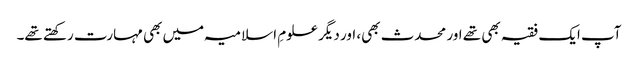
آپ ایک فقیہ بھی تھے اور محدث بھی، اور دیگر علومِ اسلامیہ میں بھی مہارت رکھتے تھے۔